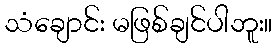
သံချောင်း မဖြစ်ချင်ပါဘူး။